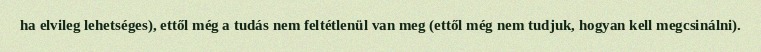
ha elvileg lehetséges), ettől még a tudás nem feltétlenül van meg (ettől még nem tudjuk, hogyan kell megcsinálni).